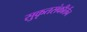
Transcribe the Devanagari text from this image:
सुकृतसंकीर्तन